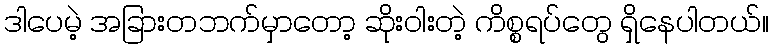
ဒါပေမဲ့ အခြားတဘက်မှာတော့ ဆိုးဝါးတဲ့ ကိစ္စရပ်တွေ ရှိနေပါတယ်။